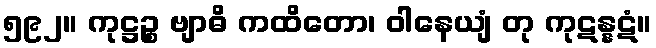
၅၉၂။ ကုဋ္ဌဉ္စ ဗျာဓိ ကထိတော၊ ဝါနေယျံ တု ကုဋန္နဋံ။